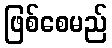
ဖြစ်စေမည်